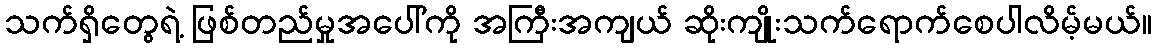
သက်ရှိတွေရဲ့ ဖြစ်တည်မှုအပေါ်ကို အကြီးအကျယ် ဆိုးကျိုးသက်ရောက်စေပါလိမ့်မယ်။